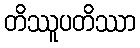
တိဿူပတိဿာ